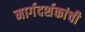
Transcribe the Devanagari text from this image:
मार्गदर्शकांची